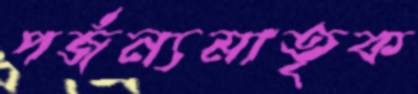
পর্জন্যমাতৃক